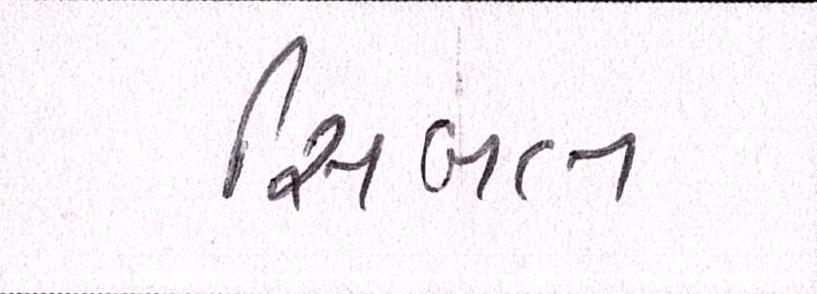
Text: સિબલ